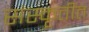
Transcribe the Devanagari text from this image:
संस्कॄतीत